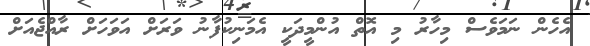
އެހެން ނަމަވެސް މިހާރު މި އޮތް އުންމީދަކީ އެމަނިކުފާނު ވަރަށް އަވަހަށް ރާއްޖެއަށް